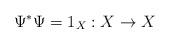
LaTeX: \begin{align*}\Psi^* \Psi = 1_X : X \to X\end{align*}